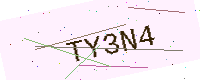
Text: TY3N4